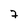
Character: 7